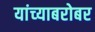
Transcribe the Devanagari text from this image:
यांच्‍याबरोबर